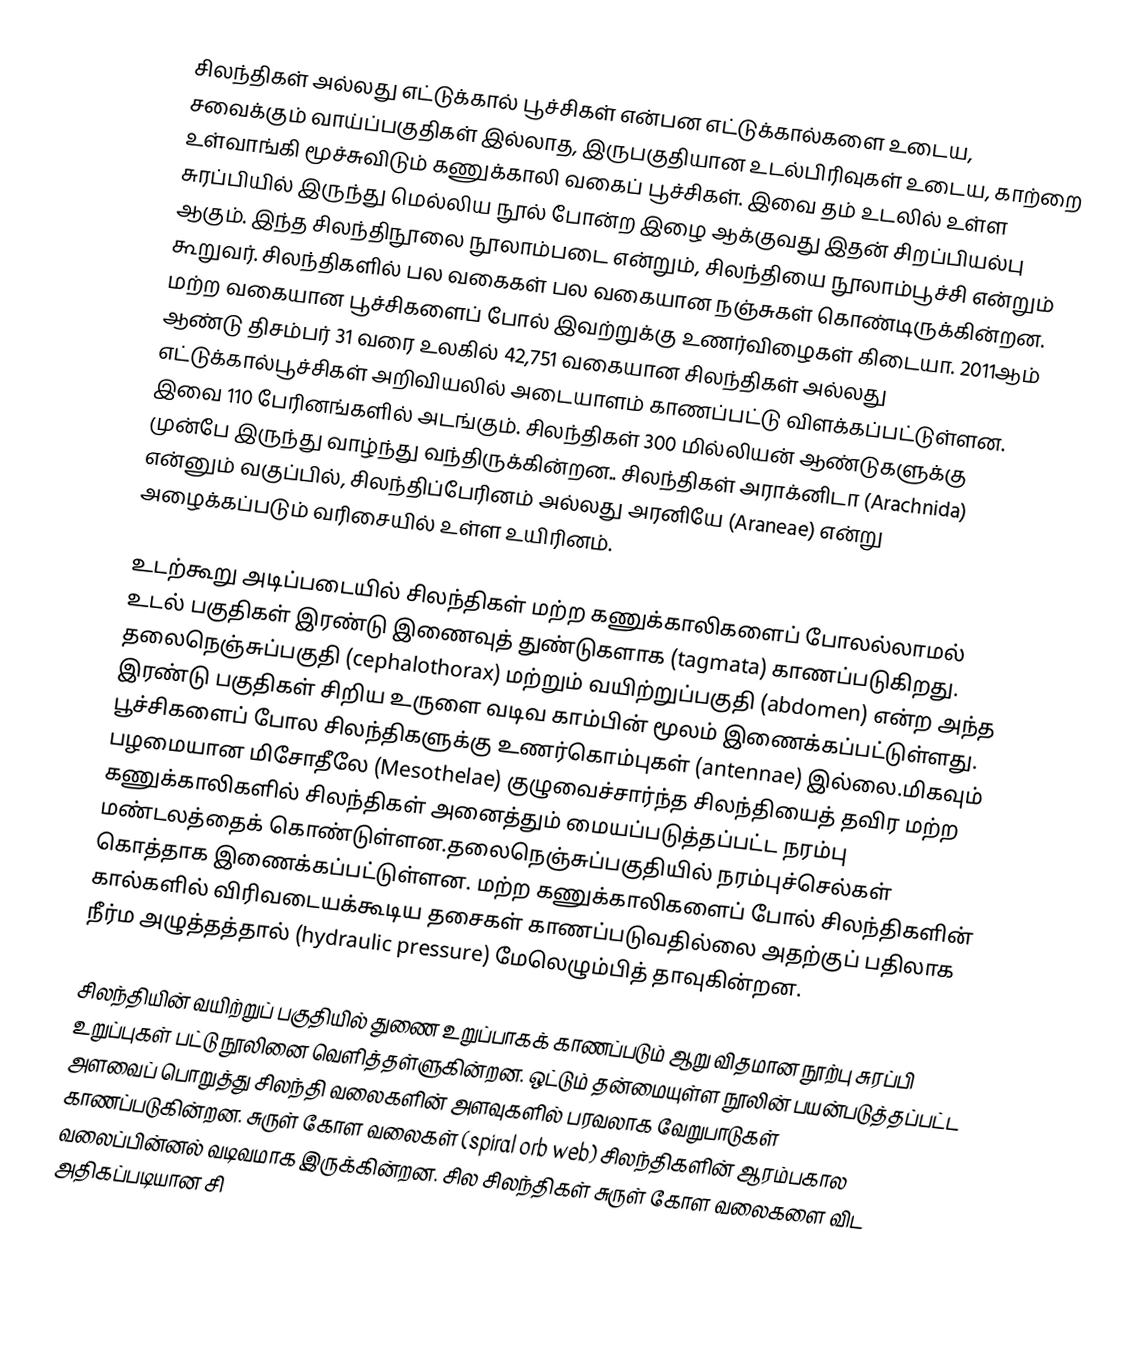
சிலந்திகள் அல்லது எட்டுக்கால் பூச்சிகள் என்பன  எட்டுக்கால்களை உடைய, சவைக்கும் வாய்ப்பகுதிகள் இல்லாத, இருபகுதியான உடல்பிரிவுகள் உடைய, காற்றை உள்வாங்கி மூச்சுவிடும் கணுக்காலி வகைப் பூச்சிகள். இவை தம் உடலில் உள்ள சுரப்பியில் இருந்து மெல்லிய நூல் போன்ற இழை ஆக்குவது இதன் சிறப்பியல்பு ஆகும். இந்த சிலந்திநூலை நூலாம்படை என்றும், சிலந்தியை நூலாம்பூச்சி   என்றும் கூறுவர். சிலந்திகளில் பல வகைகள் பல வகையான நஞ்சுகள் கொண்டிருக்கின்றன. மற்ற வகையான பூச்சிகளைப் போல் இவற்றுக்கு உணர்விழைகள் கிடையா. 2011ஆம் ஆண்டு திசம்பர் 31 வரை உலகில் 42,751  வகையான சிலந்திகள் அல்லது எட்டுக்கால்பூச்சிகள் அறிவியலில் அடையாளம் காணப்பட்டு   விளக்கப்பட்டுள்ளன. இவை 110 பேரினங்களில் அடங்கும். சிலந்திகள் 300 மில்லியன் ஆண்டுகளுக்கு முன்பே இருந்து வாழ்ந்து வந்திருக்கின்றன.. சிலந்திகள் அராக்னிடா (Arachnida) என்னும் வகுப்பில், சிலந்திப்பேரினம் அல்லது அரனியே (Araneae) என்று அழைக்கப்படும் வரிசையில் உள்ள உயிரினம்.

உடற்கூறு அடிப்படையில் சிலந்திகள் மற்ற கணுக்காலிகளைப் போலல்லாமல் உடல் பகுதிகள் இரண்டு இணைவுத் துண்டுகளாக (tagmata) காணப்படுகிறது. தலைநெஞ்சுப்பகுதி (cephalothorax)  மற்றும் வயிற்றுப்பகுதி (abdomen) என்ற அந்த இரண்டு பகுதிகள் சிறிய உருளை வடிவ காம்பின் மூலம் இணைக்கப்பட்டுள்ளது. பூச்சிகளைப் போல சிலந்திகளுக்கு உணர்கொம்புகள் (antennae) இல்லை.மிகவும் பழமையான மிசோதீலே (Mesothelae) குழுவைச்சார்ந்த சிலந்தியைத் தவிர மற்ற கணுக்காலிகளில் சிலந்திகள் அனைத்தும் மையப்படுத்தப்பட்ட நரம்பு மண்டலத்தைக் கொண்டுள்ளன.தலைநெஞ்சுப்பகுதியில் நரம்புச்செல்கள் கொத்தாக இணைக்கப்பட்டுள்ளன. மற்ற கணுக்காலிகளைப் போல் சிலந்திகளின் கால்களில் விரிவடையக்கூடிய தசைகள் காணப்படுவதில்லை அதற்குப் பதிலாக நீர்ம அழுத்தத்தால் (hydraulic pressure) மேலெழும்பித் தாவுகின்றன.

சிலந்தியின் வயிற்றுப் பகுதியில் துணை உறுப்பாகக் காணப்படும் ஆறு விதமான நூற்பு சுரப்பி உறுப்புகள் பட்டு நூலினை வெளித்தள்ளுகின்றன.  ஒட்டும் தன்மையுள்ள நூலின் பயன்படுத்தப்பட்ட அளவைப் பொறுத்து சிலந்தி வலைகளின் அளவுகளில் பரவலாக வேறுபாடுகள் காணப்படுகின்றன. சுருள் கோள வலைகள் (spiral orb web) சிலந்திகளின் ஆரம்பகால வலைப்பின்னல் வடிவமாக இருக்கின்றன. சில சிலந்திகள் சுருள் கோள வலைகளை விட அதிகப்படியான சி